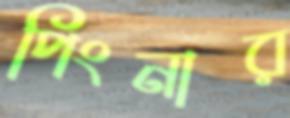
পিংনার